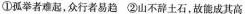
①孤举者难起，众行者易趋 ②山不辞土石，故能成其高